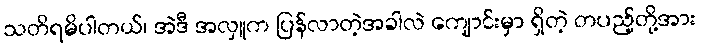
သတိရမိပါတယ်၊ အဲဒီ အလှူက ပြန်လာတဲ့အခါလဲ ကျောင်းမှာ ရှိတဲ့ တပည့်တို့အား